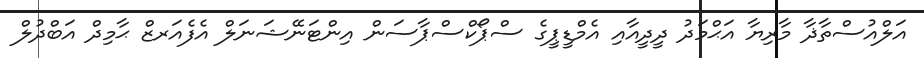
އަލްއުސްތާޛާ މާރިޔާ އަޙްމަދު ދީދީއާއި އެމްޑީޕީގެ ސްޕޯކްސްޕާސަން އިންޓަނޭޝަނަލް އެފެއަރޒް ޙާމިދް އަބްދުލް